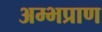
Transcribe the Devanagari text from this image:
अम्भप्राण